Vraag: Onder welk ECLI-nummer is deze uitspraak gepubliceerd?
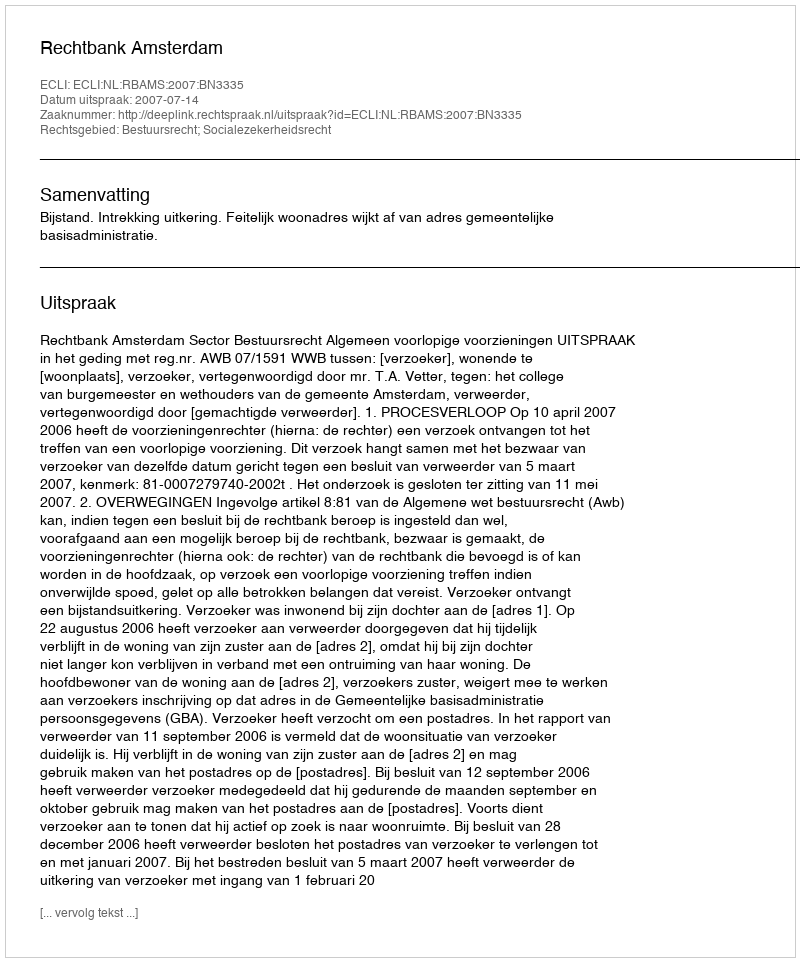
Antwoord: ECLI:NL:RBAMS:2007:BN3335